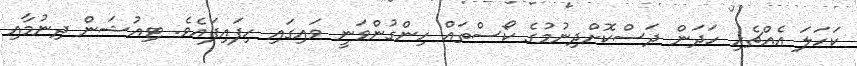
ކަހަލަ އެއްޗެހި ހަދަން ދަސްކޮށްދިނުމުގެ ކޯސްތައް ހިންގުންވަނީ ވައިގައި ހިފައިފައެވެ. ޓިއުޝަން ދިނުމާއި